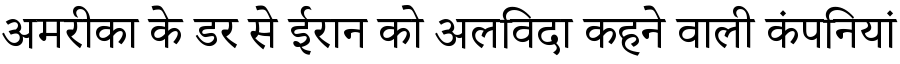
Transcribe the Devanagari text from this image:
अमरीका के डर से ईरान को अलविदा कहने वाली कंपनियां